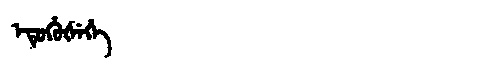
Manchu: ᡝᡨᡠᡥᡠᡧᡝᡥᡝ
Romanization: ETUHUŠEHE